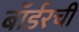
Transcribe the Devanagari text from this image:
बॉर्डरची